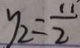
y _ { 2 } = \frac { 1 1 } { 2 }